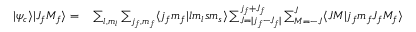
\begin{array} { r l } { | \psi _ { c } \rangle | J _ { f } M _ { f } \rangle = } & { { } \sum _ { l , m _ { l } } \sum _ { j _ { f } , m _ { f } } \langle j _ { f } m _ { f } | l m _ { l } s m _ { s } \rangle \sum _ { J = | j _ { f } - J _ { f } | } ^ { j _ { f } + J _ { f } } \sum _ { M = - J } ^ { J } \langle J M | j _ { f } m _ { f } J _ { f } M _ { f } \rangle } \end{array}